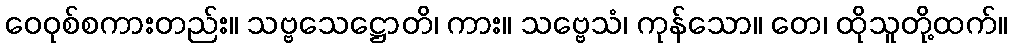
ဝေဝုစ်စကားတည်း။ သဗ္ဗသေဋ္ဌောတိ၊ ကား။ သဗ္ဗေသံ၊ ကုန်သော။ တေ၊ ထိုသူတို့ထက်။